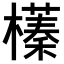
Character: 𣝾